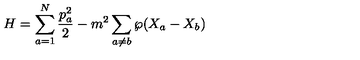
H = \sum _ { a = 1 } ^ { N } \frac { p _ { a } ^ { 2 } } { 2 } - m ^ { 2 } \sum _ { a \neq b } { \wp } ( X _ { a } - X _ { b } )